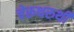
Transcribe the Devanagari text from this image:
चेरूथरुथी